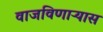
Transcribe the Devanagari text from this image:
वाजविणाऱ्यास